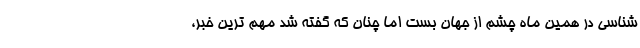
شناسی در همین ماه چشم از جهان بست اما چنان که گفته شد مهم ترین خبر،